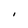
Character: I